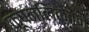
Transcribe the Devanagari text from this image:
कूपनलिकेतून